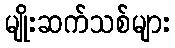
မျိုးဆက်သစ်များ